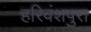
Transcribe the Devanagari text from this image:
हरिवंशपुरा